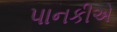
પાનકીએ